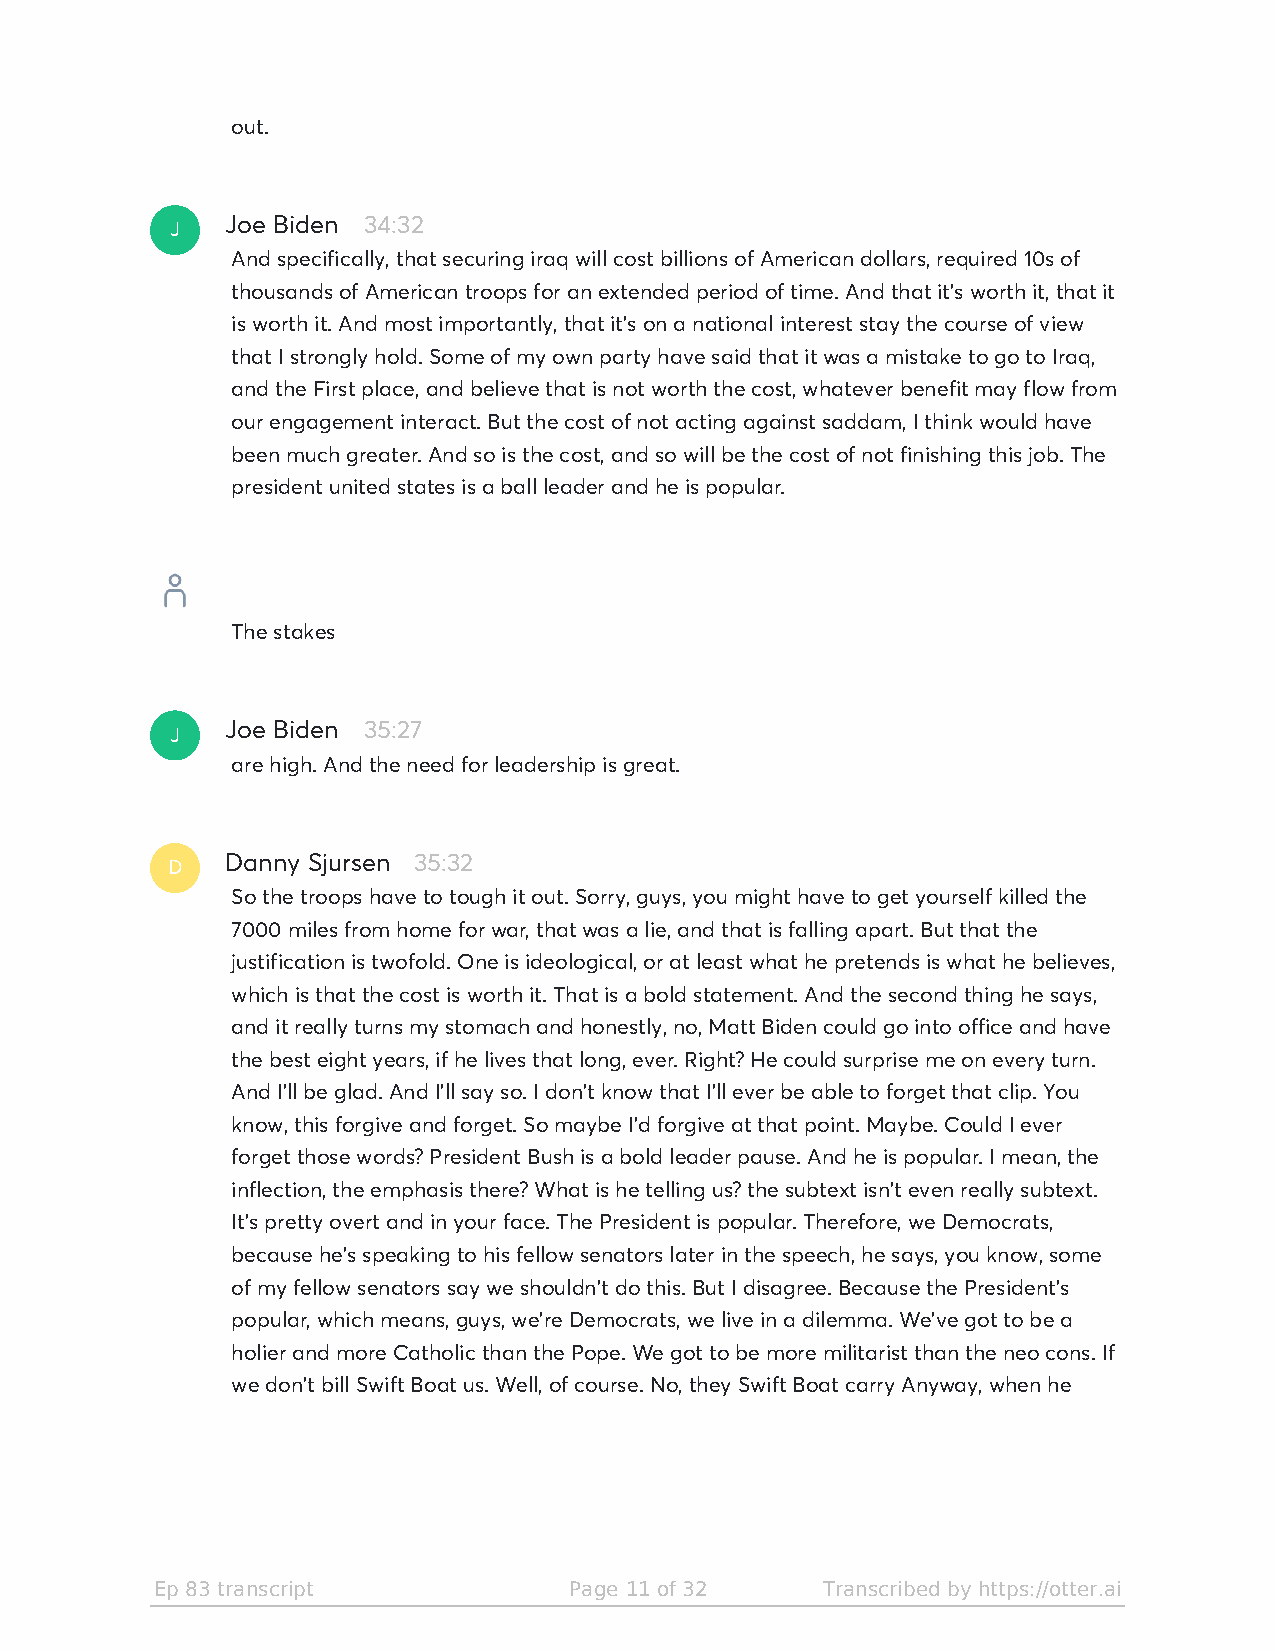
out.
 J
 Joe Biden 34:32
 And specifically, that securing iraq will cost billions of American dollars, required 10s of
 thousands of American troops for an extended period of time. And that it's worth it, that it
 is worth it. And most importantly, that it's on a national interest stay the course of view
 that I strongly hold. Some of my own party have said that it was a mistake to go to Iraq,
 and the First place, and believe that is not worth the cost, whatever benefit may flow from
 our engagement interact. But the cost of not acting against saddam, I think would have
 been much greater. And so is the cost, and so will be the cost of not finishing this job. The
 president united states is a ball leader and he is popular.
 The stakes
 J
 Joe Biden 35:27
 are high. And the need for leadership is great.
 D
 Danny Sjursen 35:32
 So the troops have to tough it out. Sorry, guys, you might have to get yourself killed the
 7000 miles from home for war, that was a lie, and that is falling apart. But that the
 justification is twofold. One is ideological, or at least what he pretends is what he believes,
 which is that the cost is worth it. That is a bold statement. And the second thing he says,
 and it really turns my stomach and honestly, no, Matt Biden could go into office and have
 the best eight years, if he lives that long, ever. Right? He could surprise me on every turn.
 And I'll be glad. And I'll say so. I don't know that I'll ever be able to forget that clip. You
 know, this forgive and forget. So maybe I'd forgive at that point. Maybe. Could I ever
 forget those words? President Bush is a bold leader pause. And he is popular. I mean, the
 inflection, the emphasis there? What is he telling us? the subtext isn't even really subtext.
 It's pretty overt and in your face. The President is popular. Therefore, we Democrats,
 because he's speaking to his fellow senators later in the speech, he says, you know, some
 of my fellow senators say we shouldn't do this. But I disagree. Because the President's
 popular, which means, guys, we're Democrats, we live in a dilemma. We've got to be a
 holier and more Catholic than the Pope. We got to be more militarist than the neo cons. If
 we don't bill Swift Boat us. Well, of course. No, they Swift Boat carry Anyway, when he
 Ep 83 transcript            Page 11 of 32   Transcribed by https://otter.ai